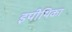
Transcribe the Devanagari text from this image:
इपीथिका